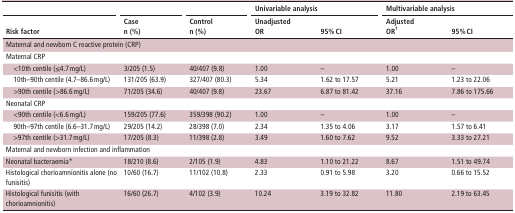
<table><thead><tr><td></td><td></td><td></td><td colspan="2"><b>Univariable analysis</b></td><td colspan="2"><b>Multivariable analysis</b></td></tr><tr><td><b>Risk factor</b></td><td><b>Case n (%)</b></td><td><b>Control n (%)</b></td><td><b>Unadjusted OR</b></td><td><b>95% CI</b></td><td><b>Adjusted OR<sup>†</sup></b></td><td><b>95% CI</b></td></tr></thead><tbody><tr><td colspan="7">Maternal and newborn C reactive protein (CRP)</td></tr><tr><td>Maternal CRP</td><td></td><td></td><td></td><td></td><td></td><td></td></tr><tr><td> &lt;10th centile (≤4.7 mg/L)</td><td>3/205 (1.5)</td><td>40/407 (9.8)</td><td>1.00</td><td>–</td><td>1.00</td><td>–</td></tr><tr><td> 10th–90th centile (4.7–86.6 mg/L)</td><td>131/205 (63.9)</td><td>327/407 (80.3)</td><td>5.34</td><td>1.62 to 17.57</td><td>5.21</td><td>1.23 to 22.06</td></tr><tr><td> &gt;90th centile (&gt;86.6 mg/L)</td><td>71/205 (34.6)</td><td>40/407 (9.8)</td><td>23.67</td><td>6.87 to 81.42</td><td>37.16</td><td>7.86 to 175.66</td></tr><tr><td>Neonatal CRP</td><td></td><td></td><td></td><td></td><td></td><td></td></tr><tr><td> &lt;90th centile (&lt;6.6 mg/L)</td><td>159/205 (77.6)</td><td>359/398 (90.2)</td><td>1.00</td><td>–</td><td>1.00</td><td>–</td></tr><tr><td> 90th–97th centile (6.6–31.7 mg/L)</td><td>29/205 (14.2)</td><td>28/398 (7.0)</td><td>2.34</td><td>1.35 to 4.06</td><td>3.17</td><td>1.57 to 6.41</td></tr><tr><td> &gt;97th centile (&gt;31.7 mg/L)</td><td>17/205 (8.3)</td><td>11/398 (2.8)</td><td>3.49</td><td>1.60 to 7.62</td><td>9.52</td><td>3.33 to 27.21</td></tr><tr><td colspan="7">Maternal and newborn infection and inflammation</td></tr><tr><td>Neonatal bacteraemia*</td><td>18/210 (8.6)</td><td>2/105 (1.9)</td><td>4.83</td><td>1.10 to 21.22</td><td>8.67</td><td>1.51 to 49.74</td></tr><tr><td>Histological chorioamnionitis alone (no funisitis)</td><td>10/60 (16.7)</td><td>11/102 (10.8)</td><td>2.33</td><td>0.91 to 5.98</td><td>3.20</td><td>0.66 to 15.52</td></tr><tr><td>Histological funisitis (with chorioamnionitis)</td><td>16/60 (26.7)</td><td>4/102 (3.9)</td><td>10.24</td><td>3.19 to 32.82</td><td>11.80</td><td>2.19 to 63.45</td></tr></tbody></table>